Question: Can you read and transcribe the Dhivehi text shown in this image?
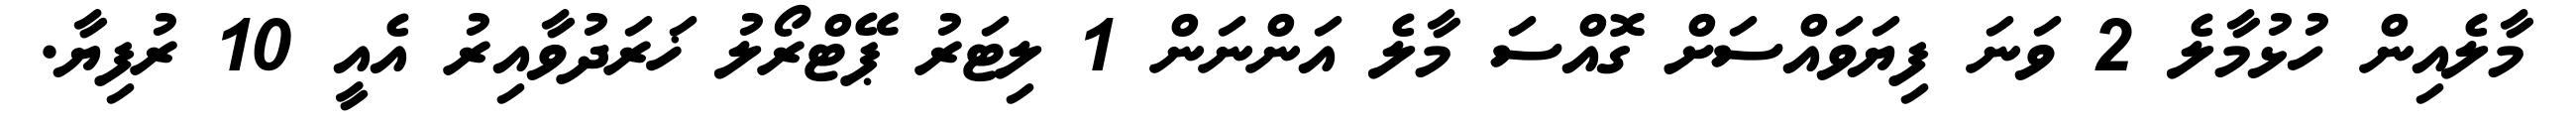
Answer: މާލެއިން ހުޅުމާލެ 2 ވަނަ ފިޔަވައްސަށް ގޮއްސަ މާލެ އަންނަން 1 ލިޓަރު ޕޭޓްރޯލު ޚަރަދުވާއިރު އެއީ 10 ރުފިޔާ.